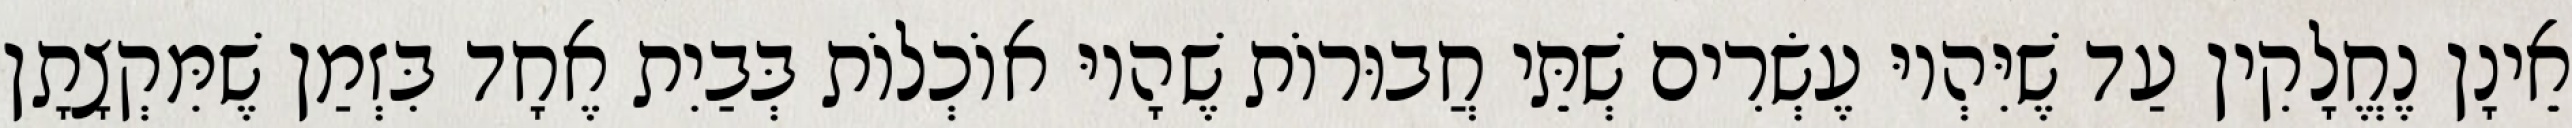
אֵינָן נֶחֱלָקִין עַד שֶׁיִּהְיוּ עֶשְׂרִים שְׁתֵּי חֲבוּרוֹת שֶׁהָיוּ אוֹכְלוֹת בְּבַיִת אֶחָד בִּזְמַן שֶׁמִּקְצָתָן